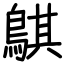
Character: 鶀